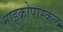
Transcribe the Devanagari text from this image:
माइक्रोपास्कल